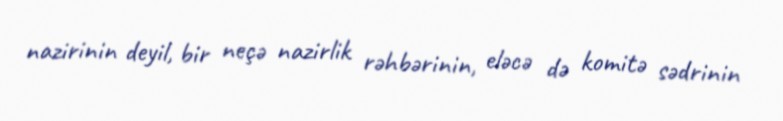
nazirinin deyil, bir neçə nazirlik rəhbərinin, eləcə də komitə sədrinin